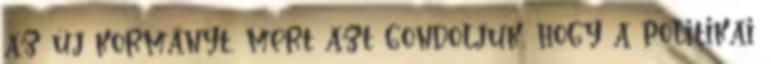
az új kormányt, mert azt gondoljuk, hogy a politikai